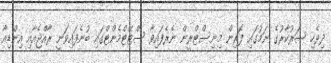
ދިވެހި ސަރުކާރުގެ ނަމުގައި ފޮރިން މިނިސްޓްރީން ނެރެފައިވާ ސްޓޭޓްމެންޓްގައި ބުނެފައިވަނީ ރާއްޖެއާއި އިންޑިއާ